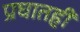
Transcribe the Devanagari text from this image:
प्रघातही